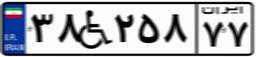
۳۸W۲۵۸۷۷